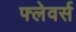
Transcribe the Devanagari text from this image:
फ्लेवर्स